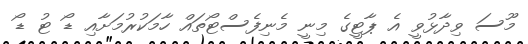
މޫސަ ވިދާޅުވީ އެ ޕާޓީގެ މިނީ މެނިފެސްޓޯތައް ހާމަކުރުމަށާއި ޑޯ ޓު ޑޯ